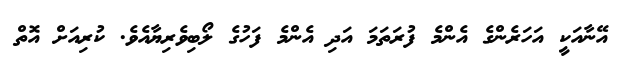
އޭނާއަކީ އަހަރެންގެ އެންމެ ފުރަތަމަ އަދި އެންމެ ފަހުގެ ލޯބިވެރިޔާއެވެ. ކުރިއަށް އޮތް